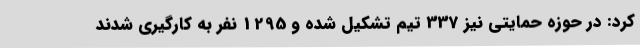
کرد: در حوزه حمایتی نیز 337 تیم تشکیل شده و 1295 نفر به کارگیری شدند